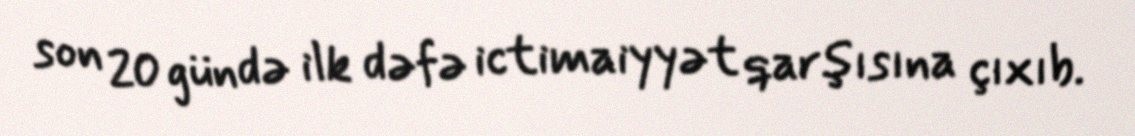
son 20 gündə ilk dəfə ictimaiyyət qarşısına çıxıb.